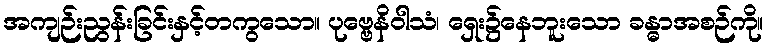
အကျဉ်းညွန်းခြင်းနှင့်တကွသော။ ပုဗ္ဗေနိဝါသံ၊ ရှေး၌နေဘူးသော ခန္ဓာအစဉ်ကို။